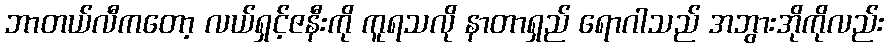
ဘာတယ်လီကတော့ လယ်ရှင့်ဇနီးကို ကူရသလို နာတာရှည် ရောဂါသည် အဘွားအိုကိုလည်း